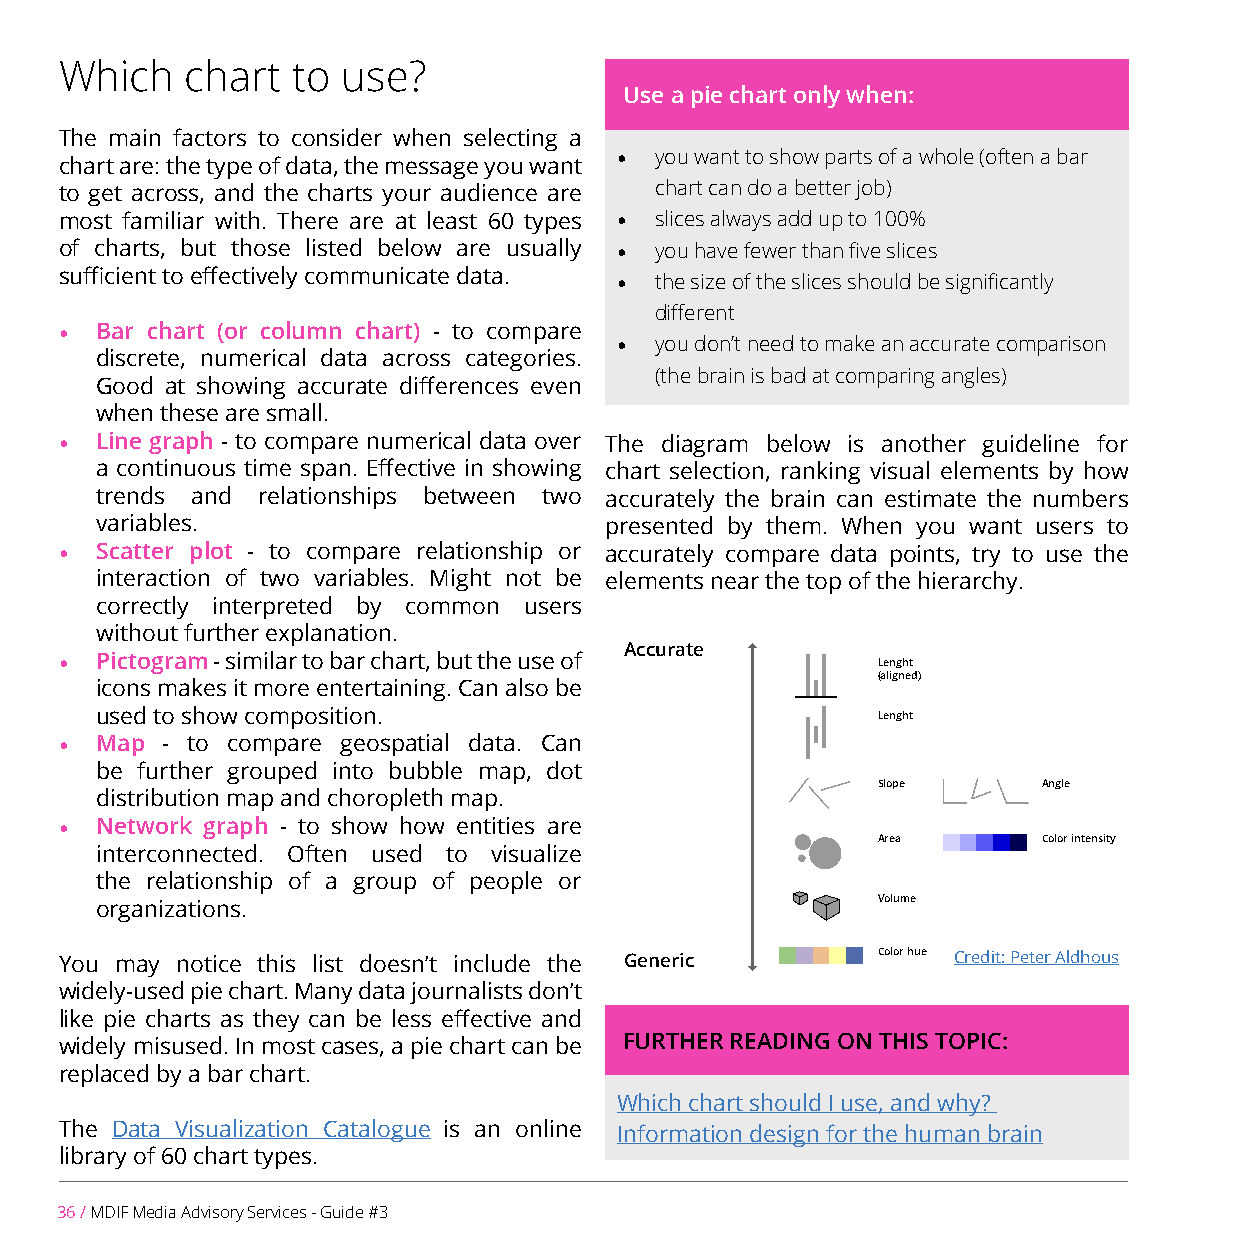
Which   chart  to  use?
 Use a pie chart only when:
 The main factors to consider when selecting a
 • you want to show parts of a whole (often a bar
 chart are: the type of data, the message you want
 to get across, and the charts your audience are chart can do a better job)
 most familiar with. There are at least 60 types • slices always add up to 100%
 of charts, but those listed below are usually • you have fewer than five slices
 sufficient to effectively communicate data. • the size of the slices should be significantly
 different
 • Bar chart (or column chart) - to compare
 • you don’t need to make an accurate comparison
 discrete, numerical data across categories.
 (the brain is bad at comparing angles)
 Good at showing accurate differences even
 when these are small.
 • Line graph - to compare numerical data over The diagram below is another guideline for
 a continuous time span. Effective in showing chart selection, ranking visual elements by how
 trends and relationships between two accurately the brain can estimate the numbers
 variables.                        presented by them. When you want users to
 • Scatter plot - to compare relationship or accurately compare data points, try to use the
 interaction of two variables. Might not be elements near the top of the hierarchy.
 correctly interpreted by common users
 without further explanation.
 Accurate
 • Pictogram - similar to bar chart, but the use of    Lenght
 (aligned)
 icons makes it more entertaining. Can also be
 used to show composition.                           Lenght
 • Map  - to compare geospatial data. Can
 be further grouped into bubble map, dot
 Slope      Angle
 distribution map and choropleth map.
 • Network graph - to show how entities are
 Area       Color intensity
 interconnected. Often used to visualize
 the relationship of a group of people or
 organizations.                                      Volume
 You may notice this list doesn’t include the Generic  Color hue Credit: Peter Aldhous
 widely-used pie chart. Many data journalists don’t
 like pie charts as they can be less effective and
 widely misused. In most cases, a pie chart can be FURTHER READING ON THIS TOPIC:
 replaced by a bar chart.
 Which chart should I use, and why?
 The Data Visualization Catalogue is an online Information design for the human brain
 library of 60 chart types.
 36 / MDIF Media Advisory Services - Guide #3